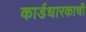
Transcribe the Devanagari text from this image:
कार्डधारकाची